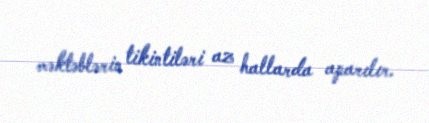
məktəblərin tikintiləri az hallarda aparılır.